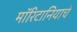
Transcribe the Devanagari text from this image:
मॉरिटानियाचे